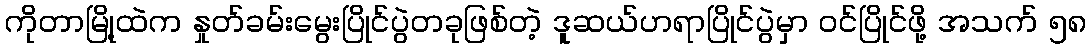
ကိုတာမြို့ထဲက နှုတ်ခမ်းမွေးပြိုင်ပွဲတခုဖြစ်တဲ့ ဒူဆယ်ဟရာပြိုင်ပွဲမှာ ဝင်ပြိုင်ဖို့ အသက် ၅၈